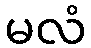
မလံ